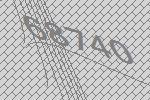
68740